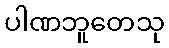
ပါဏဘူတေသု